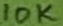
Text: 10K